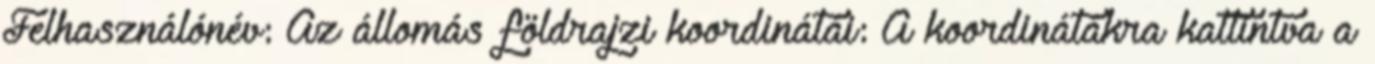
Felhasználónév: Az állomás földrajzi koordinátái: A koordinátákra kattintva a